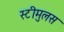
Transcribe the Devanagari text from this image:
स्टीमुलस